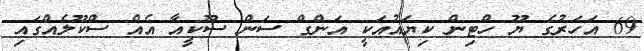
69 އަހަރުގެ ޔޫ ހްޓިން ކިޔައުއަކީ އަންގް ސަން ސޫކީއާ އެއް ސްކޫލެއްގައި